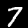
Digit: 7